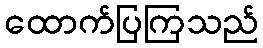
ထောက်ပြကြသည်